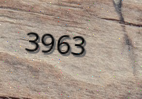
3963